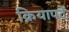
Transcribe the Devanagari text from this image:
क्रियापदें